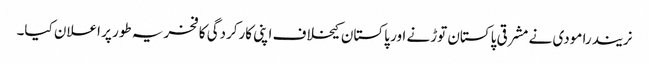
نریندرا مودی نے مشرقی پاکستان توڑنے اور پاکستان کیخلاف اپنی کارکردگی کا فخریہ طور پر اعلان کیا۔